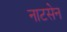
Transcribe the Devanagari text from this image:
नाटसेन